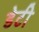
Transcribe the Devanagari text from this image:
डेटी